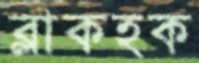
ব্লাকহক